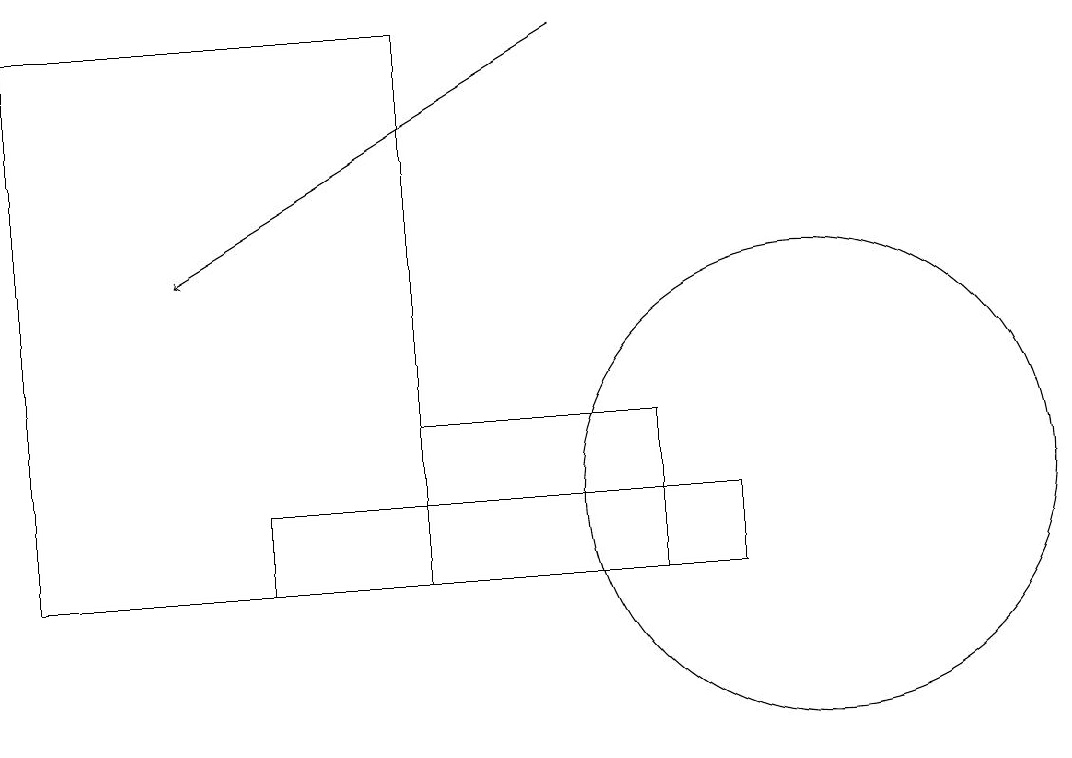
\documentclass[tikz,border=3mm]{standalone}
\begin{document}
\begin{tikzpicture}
\draw (10,11) circle (3);
\draw (5,10) rectangle (8,12);
\draw (0,17) rectangle (5,10);
\draw (9,11) rectangle (3,10);
\draw[->] (7,17) -- (2,14);
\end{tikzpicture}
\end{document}